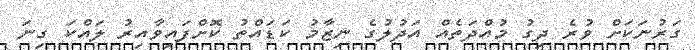
ގަރުނަކަށް ވުރެ ދިގު މުއްދަތެއް އަދުލުގެ ނިޒާމު ކަޑައްތު ކޮށްފައިވާއިރު ލައްކަ ގިނަ